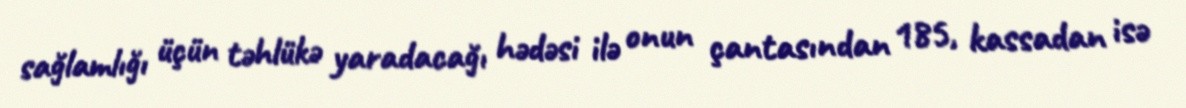
sağlamlığı üçün təhlükə yaradacağı hədəsi ilə onun çantasından 185, kassadan isə